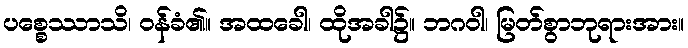
ပစ္စေဿာသိ၊ ဝန်ခံ၏။ အထခေါ၊ ထိုအခါ၌။ ဘဂဝါ၊ မြတ်စွာဘုရားအား။